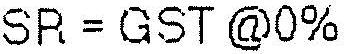
SR = GST @0%